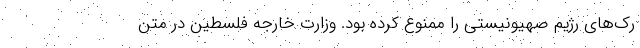
رک‌های رژیم صهیونیستی را ممنوع کرده بود. وزارت خارجه فلسطین در متن